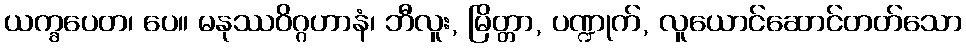
ယက္ခပေတ၊ ပေ။ မနုဿဝိဂ္ဂဟာနံ၊ ဘီလူး, မြိတ္တာ, ပဏ္ဍုက်, လူယောင်ဆောင်တတ်သော